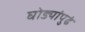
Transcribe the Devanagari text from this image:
घोड्यांपुढं